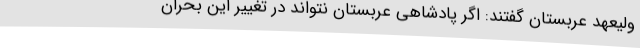
ولیعهد عربستان گفتند: اگر پادشاهی عربستان نتواند در تغییر این بحران